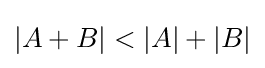
|A+B|<|A|+|B|